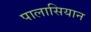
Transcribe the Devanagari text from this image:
पालासियान